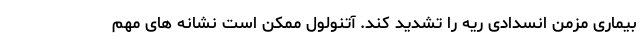
بیماری مزمن انسدادی ریه را تشدید کند. آتنولول ممکن است نشانه های مهم